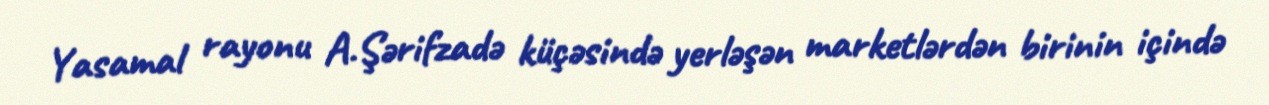
Yasamal rayonu A.Şərifzadə küçəsində yerləşən marketlərdən birinin içində